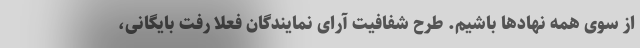
از سوی همه نهادها باشیم. طرح شفافیت آرای نمایندگان فعلا رفت بایگانی،